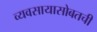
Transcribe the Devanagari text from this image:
व्यवसायासोबतची